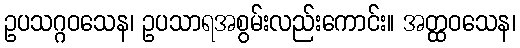
ဥပသဂ္ဂဝသေန၊ ဥပသာရအစွမ်းလည်းကောင်း။ အတ္ထဝသေန၊